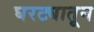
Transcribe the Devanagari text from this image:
घरट्यातून